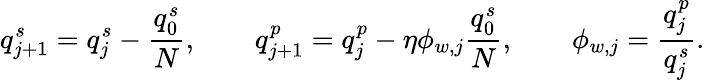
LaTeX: q_{j+1}^{s}=q_{j}^{s}-\frac{q_{0}^{s}}{N},\qquad q_{j+1}^{p}=q_{j}^{p}-\eta\phi_{w,j}\frac{q_{0}^{s}}{N},\qquad\phi_{w,j}=\frac{q_{j}^{p}}{q_{j}^{s}}.